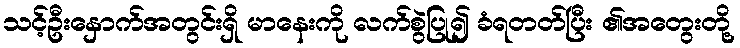
သင့်ဦးနှောက်အတွင်းရှိ မာနေးကို လက်စွဲပြု၍ ခံရတတ်ပြီး ၏အတွေးတို့